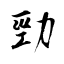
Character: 勁